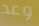
وعد